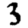
Digit: 3